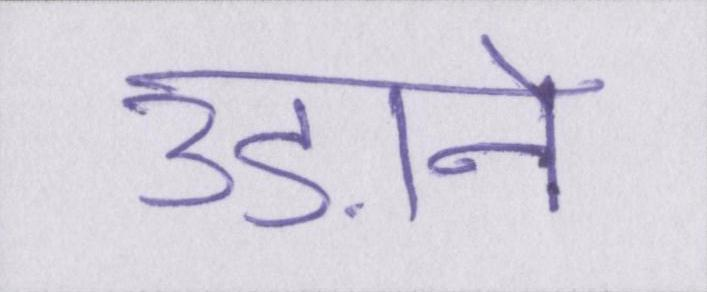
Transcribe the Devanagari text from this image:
उड़ाने